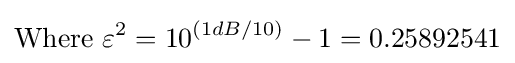
{\text{Where }}\varepsilon ^{2}=10^{(1dB/10)}-1=0.25892541